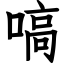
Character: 嗃